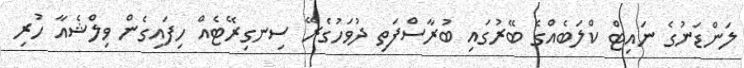
ލަންޑަނުގެ ނައިޓް ކްލަބެއްގެ ބޭރުގައި ބުރާސްފަތި ދުވަހުގެރޭ ސިނގިރޭޓެއް ހިފައިގެން ވިލްޝެއާ ހުރި